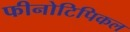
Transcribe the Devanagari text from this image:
फीनोटिपिकल